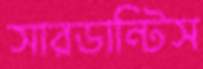
সারডান্টিস